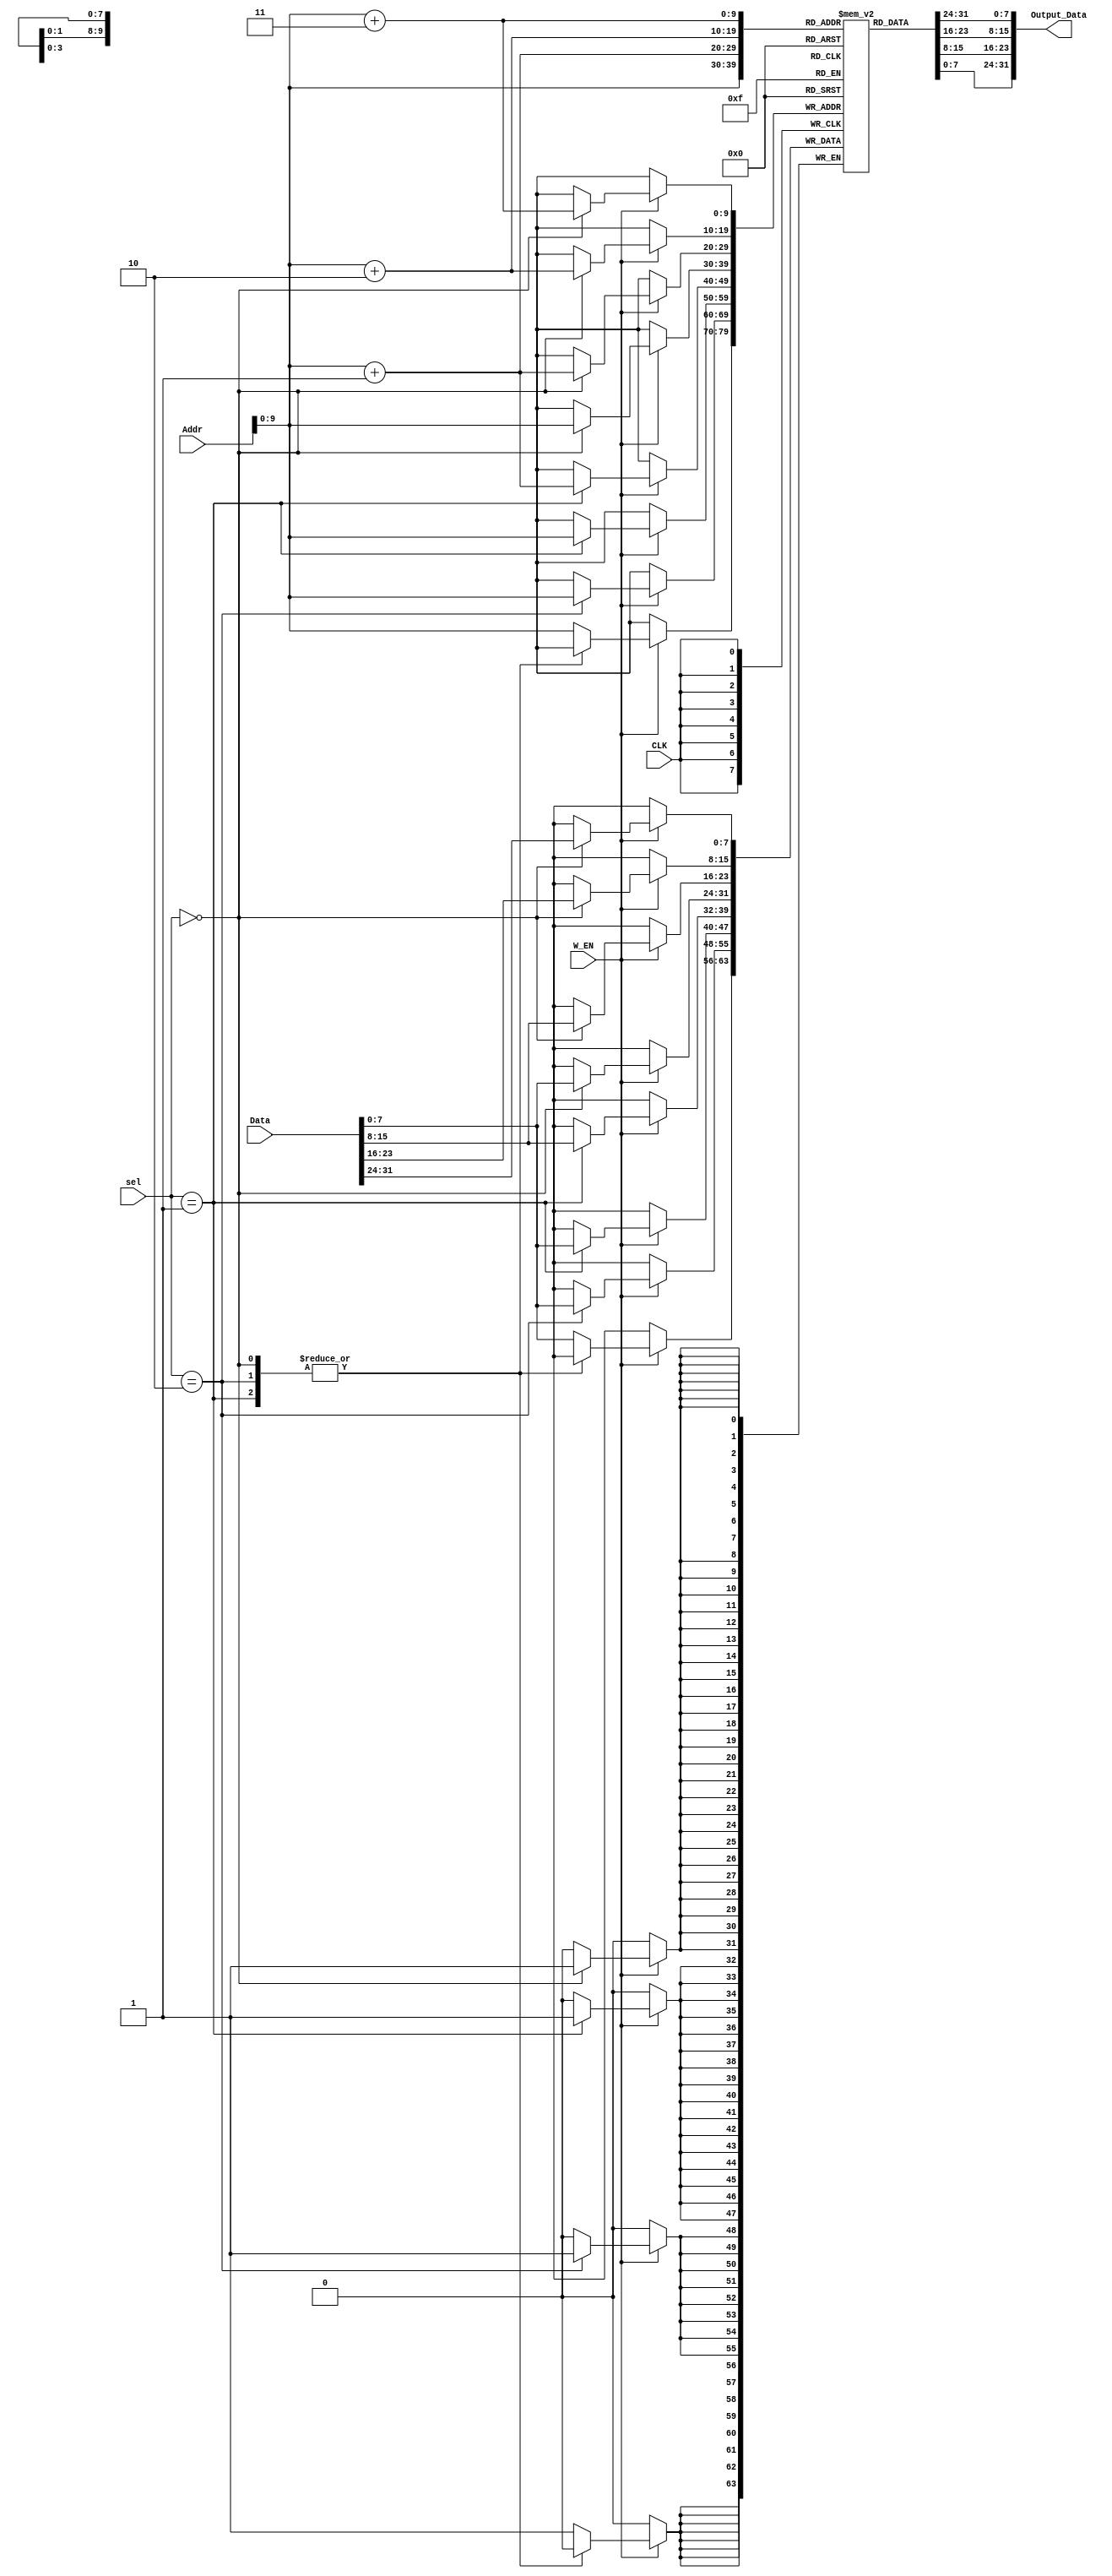
module RAM #(
	parameter 	ADDRESS_WIDTH = 32,
				DATA_WIDTH = 32,
				MEMORY_DEPTH = 2**10
)(
input 	wire								CLK,
input 	wire	[DATA_WIDTH-1:0] 		    Data,
input 	wire	[ADDRESS_WIDTH-1:0] 		Addr,
input 	wire								W_EN,
input	wire	[1:0]						sel,
output	wire	[DATA_WIDTH-1:0] 		Output_Data
);

	reg [7:0] memory [0:MEMORY_DEPTH-1];  /*byte accessable*/

	/*write modes*/
	localparam 	WW=2'b00;
	localparam	WH=2'b01;
	localparam	WB=2'b10;

	/*Instruction Segment*/
	localparam INSTR_SEG_START_ADDR = 0;
	localparam INSTR_SEG_END_ADDR 	= 128;

	always @(posedge CLK)begin
		 if(W_EN) begin
			case(sel)
				WW:		begin //little endian
						memory[Addr+3] <= Data[31:24];
						memory[Addr+2] <= Data[23:16];
						memory[Addr+1] <= Data[15:8];
						memory[Addr] <= Data[7:0];
						end
				WH:		begin
						memory[Addr+1] <= Data[15:8];
						memory[Addr] <= Data[7:0];
						end	
				WB:		begin
					//	memory[Addr+3] <= Data[7:0];
						memory[Addr] <= Data[7:0];
						end	
				default:begin
					//	memory[Addr+3] <= Data[7:0];
						memory[Addr] <= Data[7:0];
						end					
			endcase
		end
	end

	assign	Output_Data = {memory[Addr+3], memory[Addr+2], memory[Addr+1], memory[Addr]};

endmodule